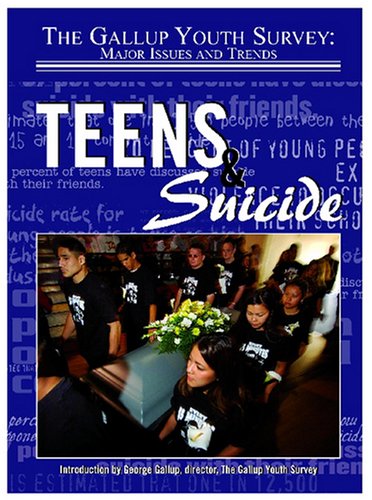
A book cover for Teens & Suicide (Gallup Youth Survey: Major Issues and Trends); Hal Marcovitz; Teen & Young Adult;